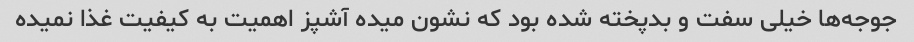
جوجه‌ها خیلی سفت و بدپخته شده بود که نشون میده آشپز اهمیت به کیفیت غذا نمیده